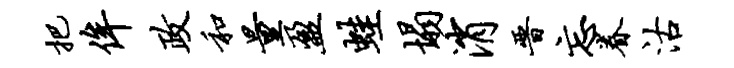
把侔政和量盈蛙塌消晋忘眷沽